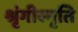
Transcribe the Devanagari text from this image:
श्रृंगीस्मृति